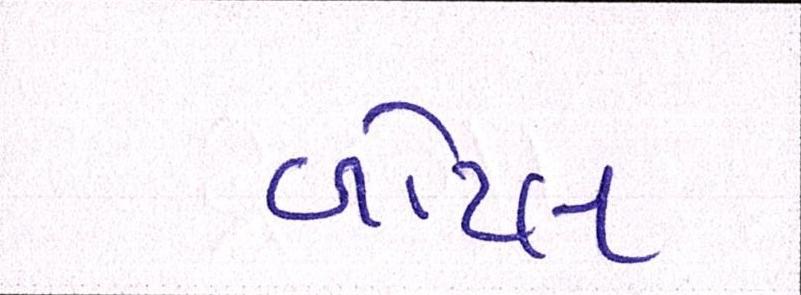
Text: બોટલ